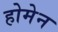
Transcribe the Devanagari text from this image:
होमेन